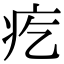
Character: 疙